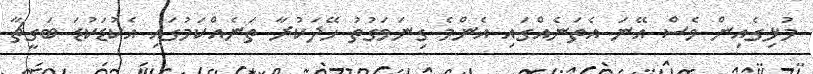
މުޅިގެއިން ވެސް އޭނަ އެތަނެއްގައި އެންމެ ގިނަވަގުތު ހޭދަކުރާ ތަނެއްކަމުގައި އެކުޑަކުޑަ ބަގީޗާ